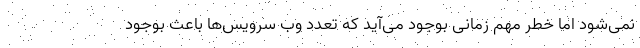
نمی‌شود اما خطر مهم زمانی بوجود می‌آید که تعدد وب سرویس‌ها باعث بوجود